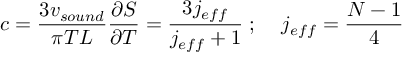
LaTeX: c = \frac { 3 v _ { s o u n d } } { \pi T L } \frac { \partial S } { \partial T } = \frac { 3 j _ { e f f } } { j _ { e f f } + 1 } \; ; \; \; \; \; j _ { e f f } = \frac { N - 1 } { 4 }